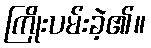
ကြိုးပမ်းခဲ့၏။